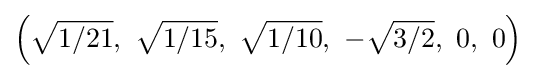
\left({\sqrt {1/21}},\ {\sqrt {1/15}},\ {\sqrt {1/10}},\ -{\sqrt {3/2}},\ 0,\ 0\right)